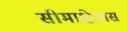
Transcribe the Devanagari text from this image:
सीमाक्षेत्रास